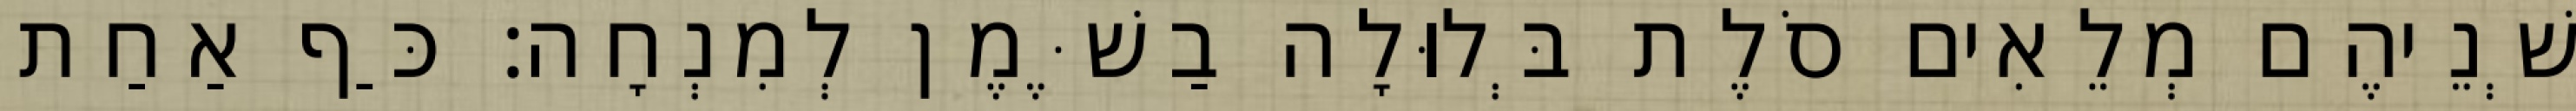
שְׁנֵיהֶם מְלֵאִים סֹלֶת בְּלוּלָה בַשֶּׁמֶן לְמִנְחָה׃ כַּף אַחַת